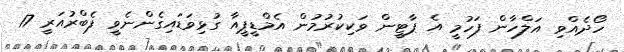
ހޯދެއްވި އަލްހާން ފަހުމީ އެ ޕާޓީން ވަކިކުރުމުން އެމްޑީޕީއާ ގުޅިވަޑައިގެންނެވީ ފެބްރުއަރީ 17